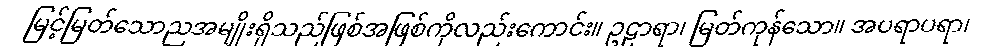
မြင့်မြတ်သောညအမျိုးရှိသည်ဖြစ်အဖြစ်ကိုလည်းကောင်း။ ဥဠာရာ၊ မြတ်ကုန်သော။ အပရာပရာ၊